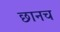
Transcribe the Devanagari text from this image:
छानच